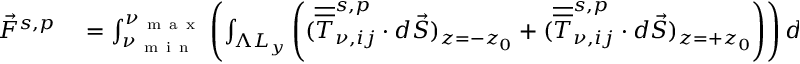
\begin{array} { r l } { \Vec { F } ^ { s , p } } & { { } = \int _ { \nu _ { \mathrm { ~ m ~ i ~ n ~ } } } ^ { \nu _ { \mathrm { ~ m ~ a ~ x ~ } } } \left( \int _ { \Lambda L _ { y } } \left( ( \overline { { \overline { { T } } } } _ { \nu , i j } ^ { s , p } \cdot d \vec { S } ) _ { z = - z _ { 0 } } + ( \overline { { \overline { { T } } } } _ { \nu , i j } ^ { s , p } \cdot d \vec { S } ) _ { z = + z _ { 0 } } \right) \right) d \nu } \end{array}